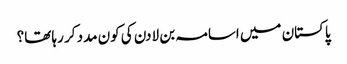
پاکستان میں اسامہ بن لادن کی کون مدد کر رہا تھا؟